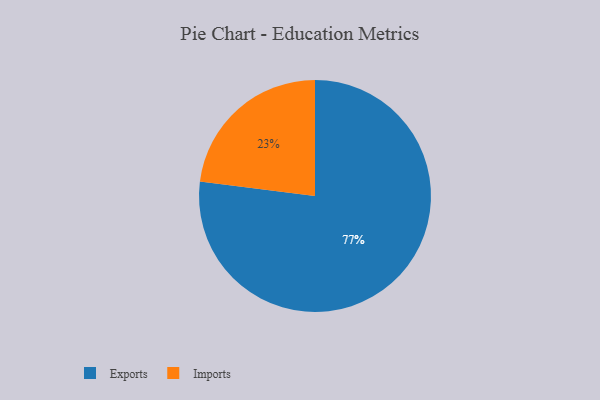
{"axis": {"x": "Category", "y": "Percentage"}, "legend": ["Exports", "Imports"], "data": [{"x": "Exports", "y": 77, "type": "Exports"}, {"x": "Imports", "y": 23, "type": "Imports"}]}